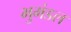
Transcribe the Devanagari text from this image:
भुमंडल